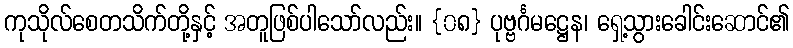
ကုသိုလ်စေတသိက်တို့နှင့် အတူဖြစ်ပါသော်လည်း။ {၀၈} ပုဗ္ဗင်္ဂမဋ္ဌေန၊ ရှေ့သွားခေါင်းဆောင်၏